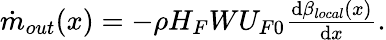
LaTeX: \begin{array}{r}{\dot{m}_{out}(x)=-\rho H_{F}WU_{F0}\frac{\mathrm{d}\beta_{local}(x)}{\mathrm{d}x}.}\end{array}